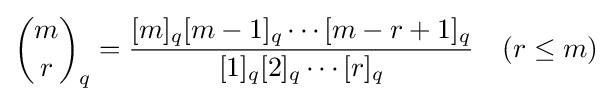
{m \choose r}_{q}={\frac {[m]_{q}[m-1]_{q}\cdots [m-r+1]_{q}}{[1]_{q}[2]_{q}\cdots [r]_{q}}}\quad (r\leq m)